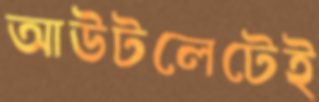
আউটলেটেই